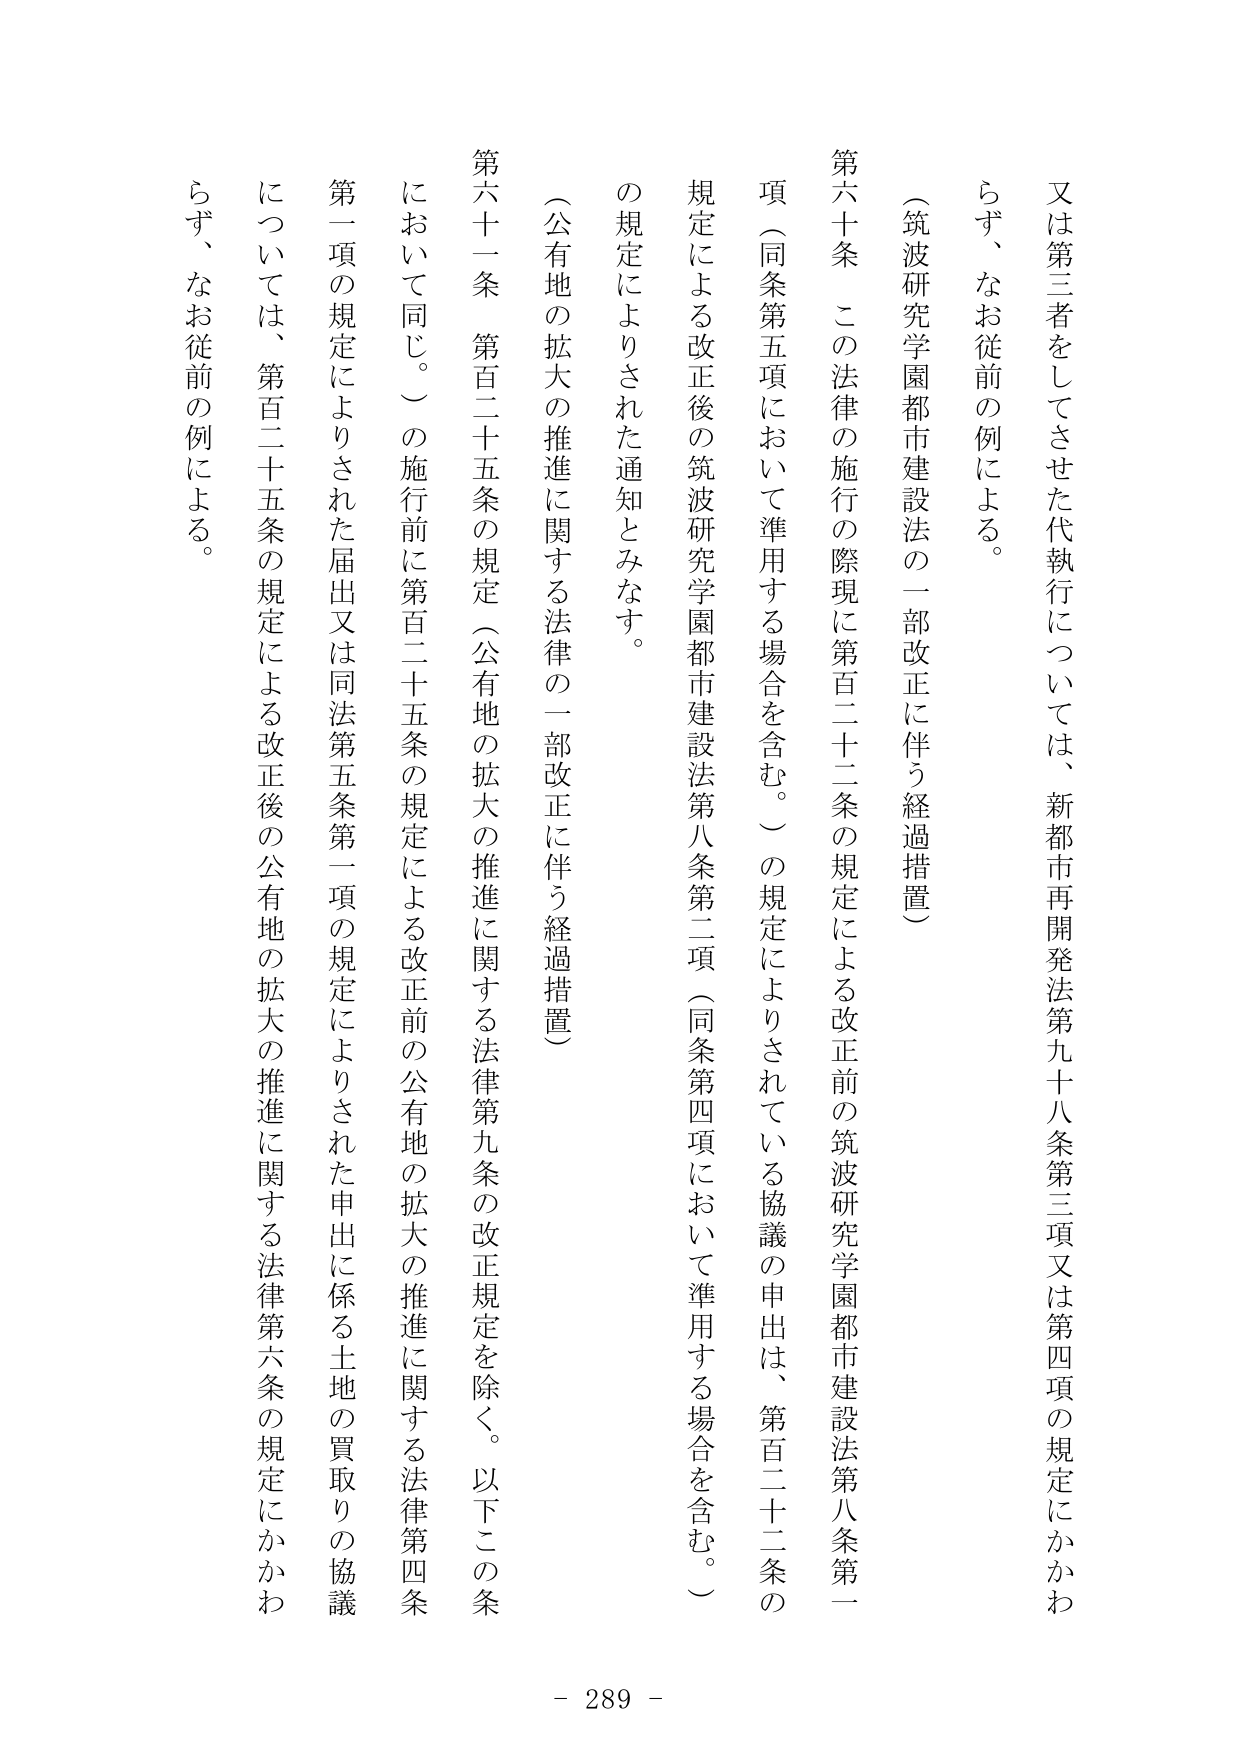
又は第三者をしてさせた代執行については、新都市再開発法第九十八条第三項又は第四項の規定にかかわらず、なお従前の例による。

（筑波研究学園都市建設法の一部改正に伴う経過措置）

第六十条 この法律の施行の際現に第百二十二条の規定による改正前の筑波研究学園都市建設法第八条第一項（同条第五項において準用する場合を含む。）の規定によりされている協議の申出は、第百二十二条の規定による改正後の筑波研究学園都市建設法第八条第二項（同条第四項において準用する場合を含む。）の規定によりされた通知とみなす。

（公有地の拡大の推進に関する法律の一部改正に伴う経過措置）

第六十一条 第百二十五条の規定（公有地の拡大の推進に関する法律第九条の改正規定を除く。以下この条において同じ。）の施行前に第百二十五条の規定による改正前の公有地の拡大の推進に関する法律第四条第一項の規定によりされた届出又は同法第五条第一項の規定によりされた申出に係る土地の買取りの協議については、第百二十五条の規定による改正後の公有地の拡大の推進に関する法律第六条の規定にかかわらず、なお従前の例による。

- 289 -